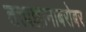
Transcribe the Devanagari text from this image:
तत्त्वज्ञानाबरोबर